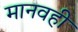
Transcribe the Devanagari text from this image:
मानवही